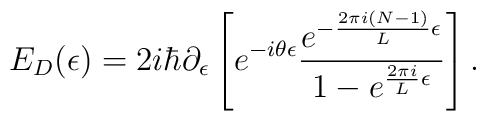
E_D(\epsilon) =2i\hbar \partial_{\epsilon}\left[e^{-i\theta\epsilon}{e^{-{2 \pi i(N-1) \over L }\epsilon}  \over1- e^{{2 \pi i \over L }\epsilon}} \right].